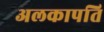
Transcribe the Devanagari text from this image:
अलकापति